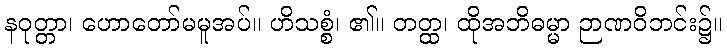
နဝုတ္တာ၊ ဟောတော်မမူအပ်။ ဟိသစ္စံ၊ ၏။ တတ္ထ၊ ထိုအဘိဓမ္မာ ဉာဏဝိဘင်း၌။